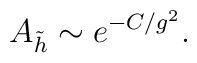
A_{\tilde h} \sim e^{-C/g^2}.